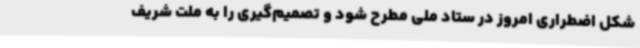
شکل اضطراری امروز در ستاد ملی مطرح شود و تصمیم‌گیری را به ملت شریف